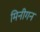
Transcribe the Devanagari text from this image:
मिनीगन